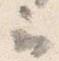
云